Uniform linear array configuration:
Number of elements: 48
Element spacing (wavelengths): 0.25
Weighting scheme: kaiser
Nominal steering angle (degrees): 15
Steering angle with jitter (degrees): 16.206
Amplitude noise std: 0.05
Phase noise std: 0.05

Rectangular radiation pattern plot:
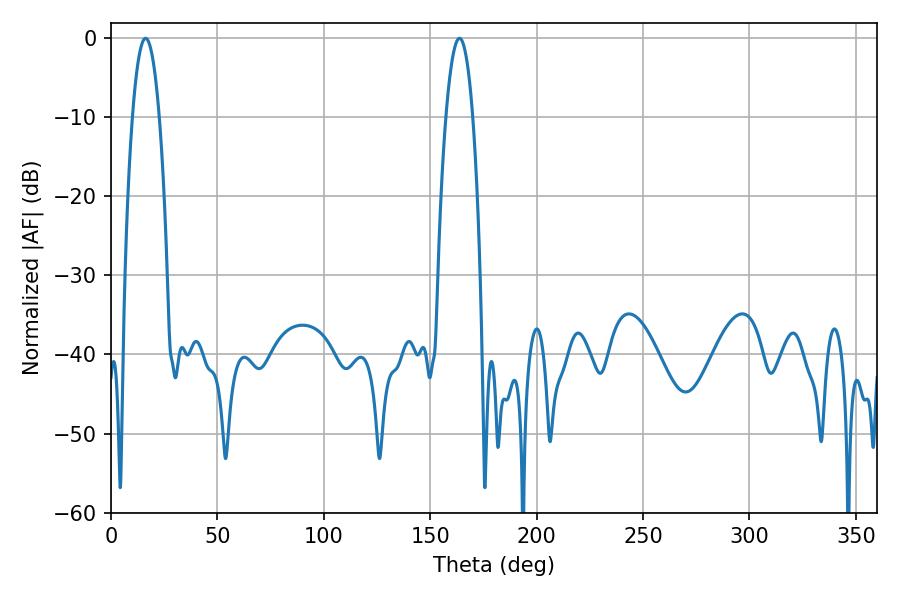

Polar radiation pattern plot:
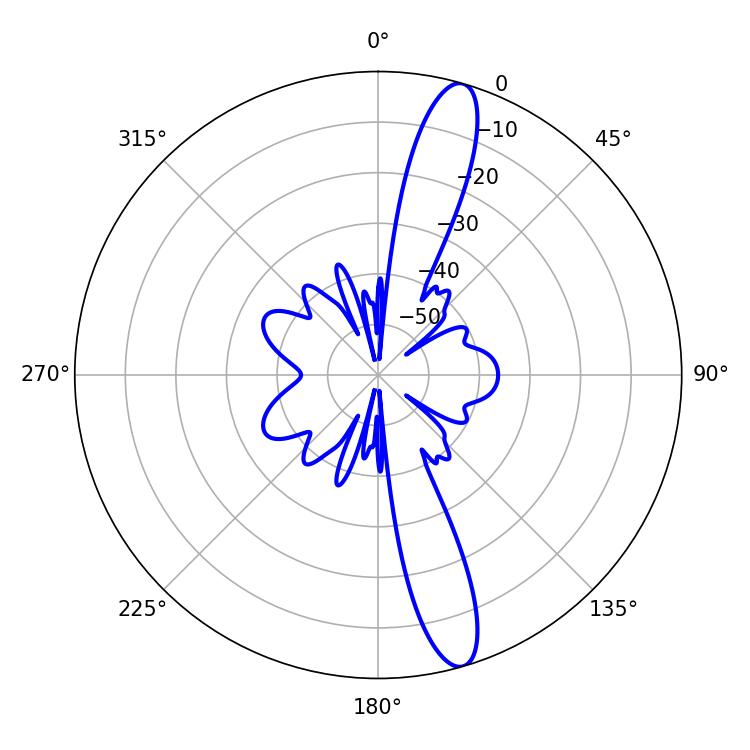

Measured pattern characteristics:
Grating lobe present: FALSE
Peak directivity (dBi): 14.356
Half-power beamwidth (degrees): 7.02
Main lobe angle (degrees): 16.2